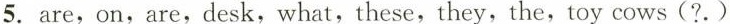
5.are,on,are,desk,what,these,they,the,toy cows (?. )